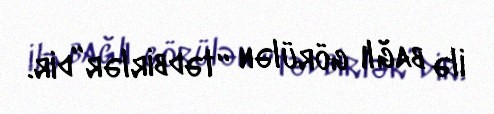
ilə bağlı görülən “tədbirlər”dir.